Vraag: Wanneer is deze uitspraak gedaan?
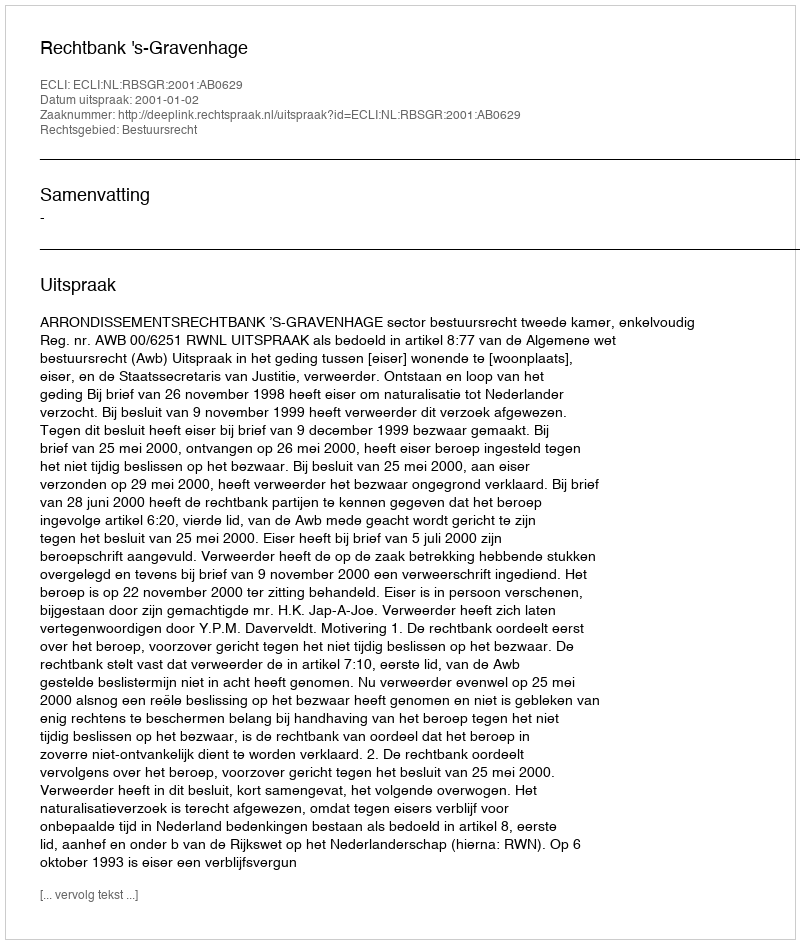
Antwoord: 2001-01-02